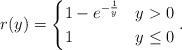
LaTeX: \begin{align*}r(y)=\begin{cases}1-e^{-\frac{1}{y}} & y>0\\1 & y\leq0\end{cases}.\end{align*}